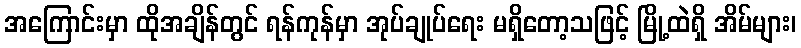
အကြောင်းမှာ ထိုအချိန်တွင် ရန်ကုန်မှာ အုပ်ချုပ်ရေး မရှိတော့သဖြင့် မြို့ထဲရှိ အိမ်များ၊